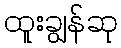
ထူးချွန်ဆု